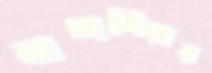
নঙ্গলিয়ার